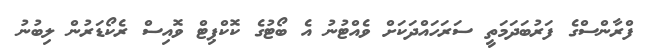
ފްރާންސްގެ ފަރުބަދަމަތީ ސަރަހައްދަކަށް ވެއްޓުނު އެ ބޯޓުގެ ކޮކްޕިޓް ވޮއިސް ރެކޯޑަރުން ލިބުނު